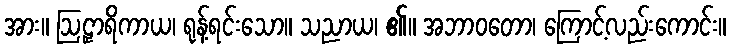
အား။ ဩဠှာရိကာယ၊ ရုန့်ရင်းသော။ သညာယ၊ ၏။ အဘာဝတော၊ ကြောင့်လည်းကောင်း။